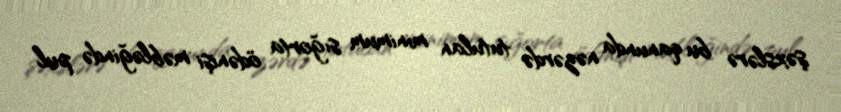
şəxslərə bu qanunda nəzərdə tutulan minimum sığorta ödənişi məbləğində pul